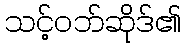
သင့်ဝဘ်ဆိုဒ်၏